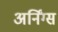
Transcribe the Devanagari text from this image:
अर्निंग्स